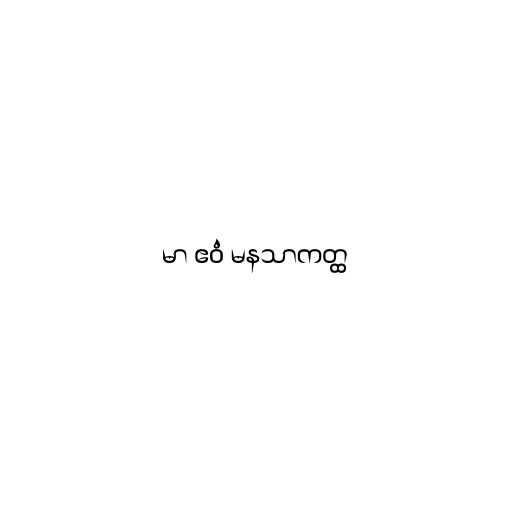
မာ ဧဝံ မနသာကတ္ထ